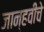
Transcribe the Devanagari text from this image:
जान्हवीचे